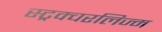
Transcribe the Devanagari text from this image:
स्ट्रक्चरलिज्म